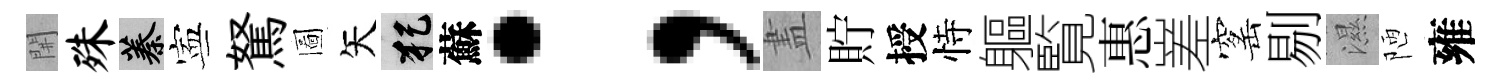
𨳩殊蓁寕駑圖矢犯蘇；𥁞貯授恃軀覧惠嵳窰剔濕陋雍